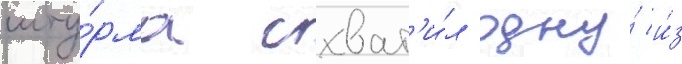
шту́рма схват'и́л одну́ и́з